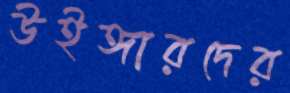
উইঙ্গারদের